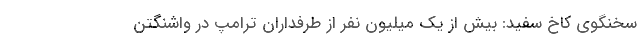
سخنگوی کاخ سفید: بیش از یک میلیون نفر از طرفداران ترامپ در واشنگتن